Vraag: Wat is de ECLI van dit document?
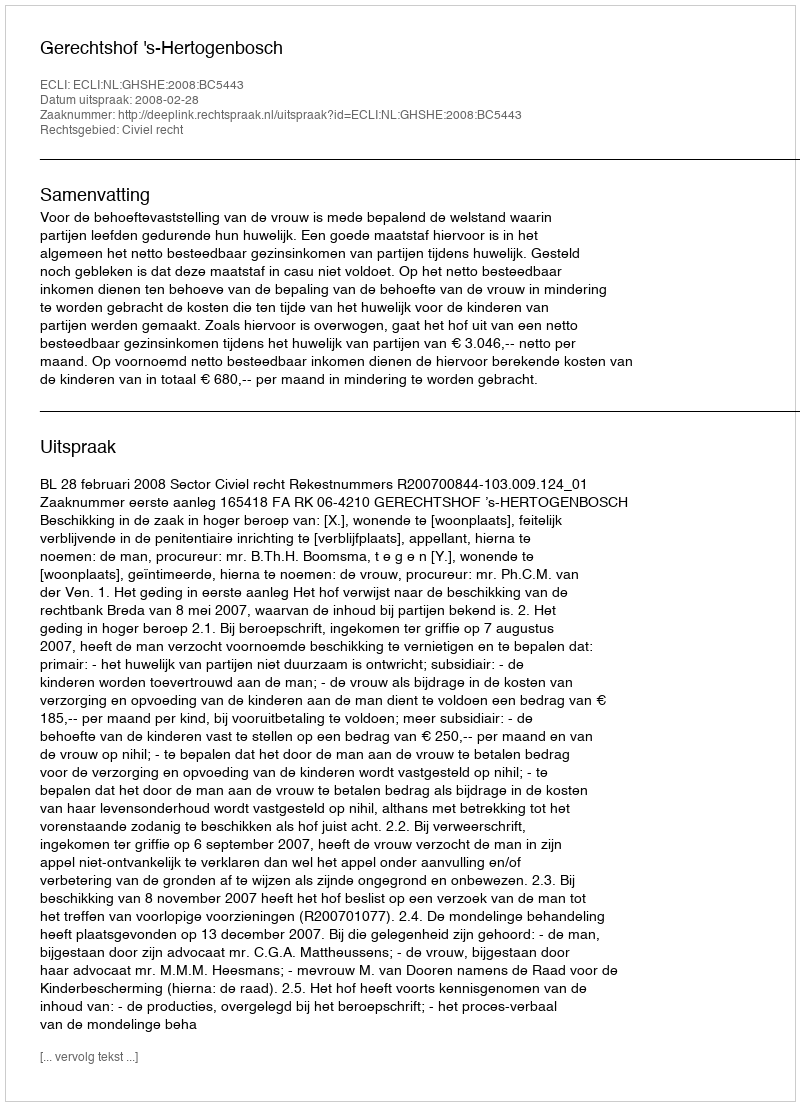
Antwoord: ECLI:NL:GHSHE:2008:BC5443